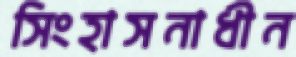
সিংহাসনাধীন